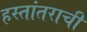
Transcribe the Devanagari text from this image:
हस्तांतराची